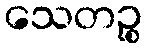
သေတဉ္စ